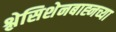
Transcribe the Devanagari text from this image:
श्लेसिशेनबाह्नच्या